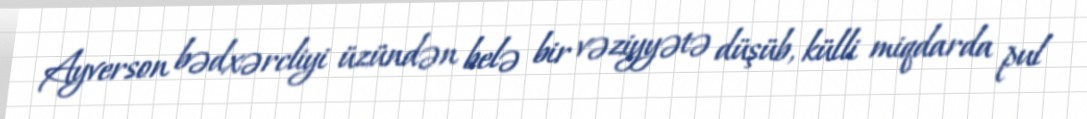
Ayverson bədxərcliyi üzündən belə bir vəziyyətə düşüb, külli miqdarda pul